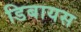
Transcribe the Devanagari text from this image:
डिबायस